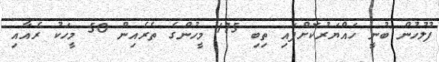
ފުލުހުން ބުނީ ހައްޔަރުކޮށްފައި ތިބި 175 މީހުންގެ ތެރެއިން 50 މީހަކު ރެއާއި